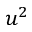
u ^ { 2 }